Civil Veterinary Dept. Bombay admin report 1907-1913 - 1907-1913
Year: 1907
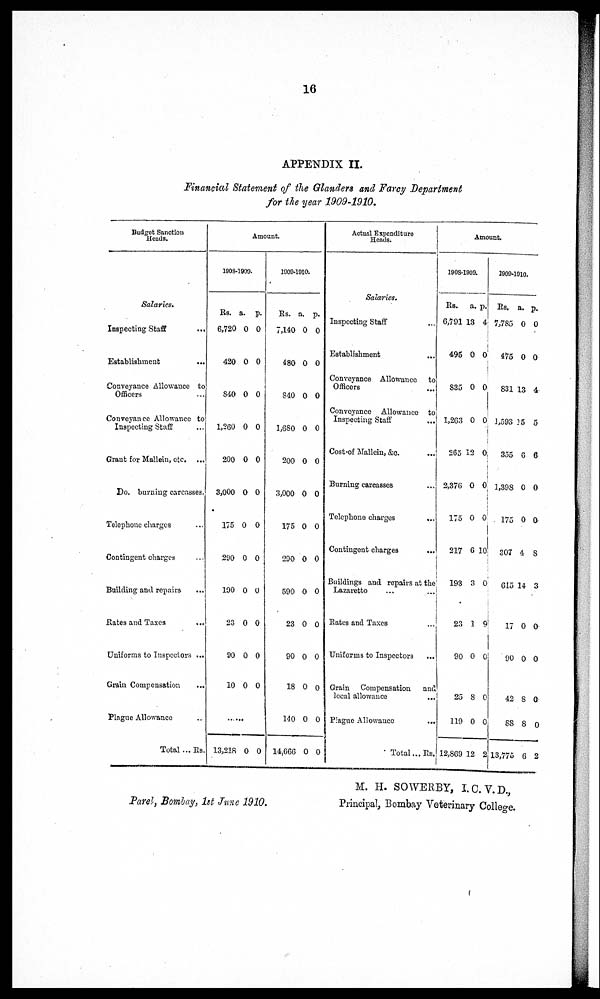
16
APPENDIX II.
Financial Statement of the Glanders and Farcy Department
for the year 1909-1910.
Budget Sanction
Heads.
Salaries.
Inspecting Staff
...
Establishment
...
Conveyance Allowance to
Officers ...
Conveyance Allowance to
Inspecting Staff ...
Grant for Mallein, etc ...
Do. burning carcasses.
Telephone charges ...
Contingent charges ...
Building and repairs ...
Rates and Taxes
...
Uniforms to Inspectors ...
Grain Compensation ...
Plague Allowance ...
Total ... Rs.
Amount.
1908-1909.
Rs. a. p.
6,720 0 0
420 0 0
840 0 0
1,260 0 0
200 0 0
3,000 O 0
175 0 O
290 0 0
190 0 O
23 0 0
90 O 0
10 0 O
13,218 0 O
1909-1910.
Rs. a. p.
7,140 0 O
480 0 0
840 0 0
1,680 0 0
200 0 0
3,000 0 0
175 0 0
290 0 0
590 0 0
23 0 0
90 0 0
18 0 o
140 0 0
14,666 0 0
Actual Expenditure
Heads.
Salaries.
Inspecting Staff
Establishment ...
Conveyance Allowance to
Officers ...
Conveyance Allowance to
Inspecting Staff ...
Cost Of Mallein, &o. ...
Burning carcasses ...
Telephone charges
...
Contingent charges ...
Buildings and repairs at the
Lazaretto ... ...
Rates and Taxes ...
Uniforms to Inspectors
...
Grain Compensation
and
local allowance ...
Plague Allowance
...
Total...Rs.
Amount.
1908-1909.
Rs.
a. p.
6,791 13 4
495 0 0
835 0 0
1,263 0 0
265 12 0
2,376 O 0
175 0 0
217 6 10
193 3 0
23 1 9
90 0 0
25 8 0
119 0 0
12,869 12 2
1909-1910.
Rs. a. p.
7,785 0 0
475 0 O
831 13 4,.
1,593 15 5
355 6 6
1,398 0 0
175 0 O
307 4 8
615 14 3
17 0 0
90 0 O
42 8 O
88 8 o
13,775 6 2
Parel, Bombay, 1st June 1910.
M. H. SOWBRBY, I.O.V.D,
Principal, Bombay Veterinary College.